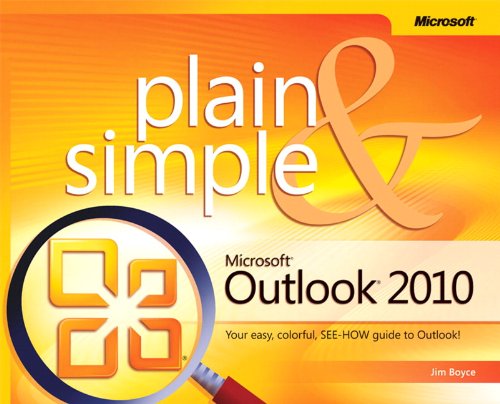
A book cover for Microsoft Outlook 2010 Plain & Simple; Jim Boyce; Computers & Technology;